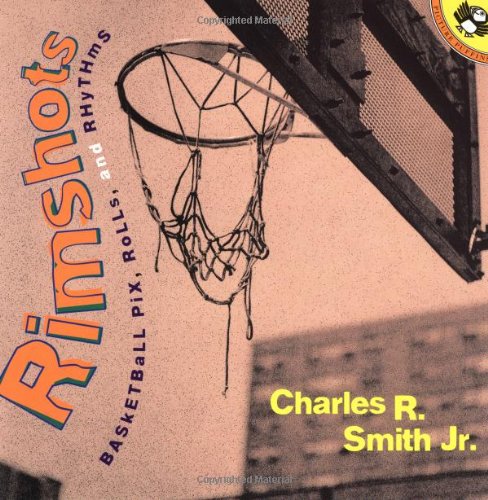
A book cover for Rimshots: Basketball Pix, Rolls, and Rhythms (Picture Puffins); Charles R. Smith; Children's Books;